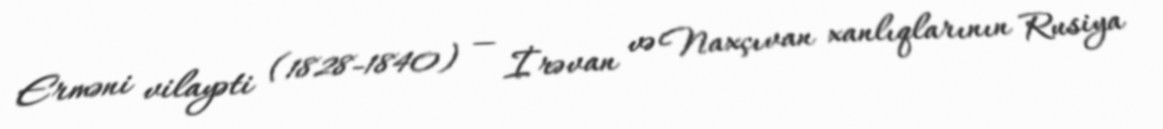
Erməni vilayəti (1828-1840) — İrəvan və Naxçıvan xanlıqlarının Rusiya